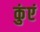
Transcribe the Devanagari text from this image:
कुंएं